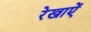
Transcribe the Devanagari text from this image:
रेखाऐं